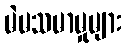
မဲမသမာမှုများ